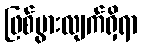
ဖြစ်ပွားလျက်ရှိရာ